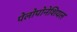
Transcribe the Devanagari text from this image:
पेलोपोनेशियल